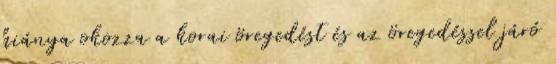
hiánya okozza a korai öregedést és az öregedéssel járó